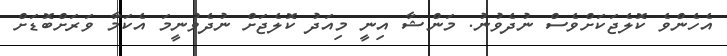
އެހެންވެ ކޮލެޖަކަށްވެސް ނުދެވުނު. މަންޝާ އިނީ މިއަދު ކޮލެޖަށް ނުދެވުނީމަ އެކަމާ ވަރަށްބޮޑަށް